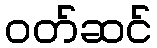
ဝတ်ဆင်